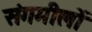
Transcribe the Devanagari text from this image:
संगमीलों